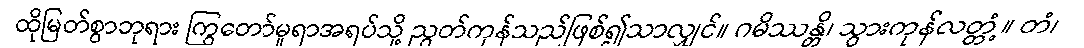
ထိုမြတ်စွာဘုရား ကြွတော်မူရာအရပ်သို့ ညွတ်ကုန်သည်ဖြစ်၍သာလျှင်။ ဂမိဿန္တိ၊ သွားကုန်လတ္တံ့။ တံ၊